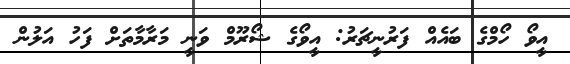
އީވޯ ހޯމްގެ ބައެއް ފަރުނީޗަރު: އީވޯގެ ޝޯރޫމް ވަނީ މަރާމާތަށް ފަހު އަލުން